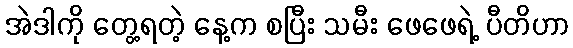
အဲဒါကို တွေ့ရတဲ့ နေ့က စပြီး သမီး ဖေဖေရဲ့ ပီတိဟာ